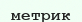
метрик